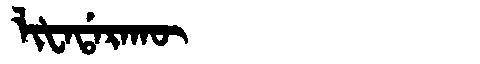
Manchu: ᠯᡳᡶᠠᡩᠠᡵᠠᡴᡡ
Romanization: LIFADARAKŪ